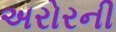
અરોરની